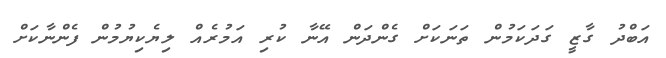
އަބްދު ގާޒީ ގަދަކަމުން ތަނަކަށް ގެންދަން އޭނާ ކުރި އަމުރެއް ލިޔެކިޔުމުން ފެންނާކަށް